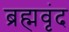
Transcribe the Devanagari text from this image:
ब्रह्मवृंद